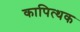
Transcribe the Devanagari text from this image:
कापित्थक